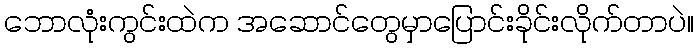
ဘောလုံးကွင်းထဲက အဆောင်တွေမှာပြောင်းခိုင်းလိုက်တာပဲ။